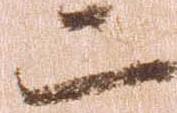
二